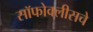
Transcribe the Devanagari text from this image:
सॉफोक्लीसचे